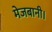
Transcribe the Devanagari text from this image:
मेजबानी।